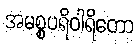
အမစ္စပရိဝါရိတော